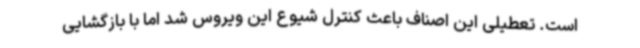
است. تعطیلی این اصناف باعث کنترل شیوع این ویروس شد اما با بازگشایی